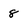
Character: 8